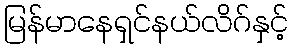
မြန်မာနေရှင်နယ်လိဂ်နှင့်